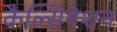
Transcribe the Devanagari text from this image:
कैल्सिनेशन